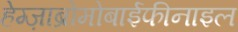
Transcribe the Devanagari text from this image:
हेग्ज़ाब्रोमोबाईफीनाइल